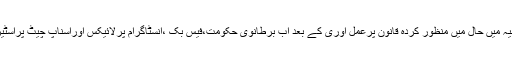
انڈی پینڈنٹ اخبار میں شائع خبرمیں بتایاگیاہے کہ برطانیہ میں حال میں منظور کردہ قانون پرعمل آوری کے بعد اب برطانوی حکومت،فیس بک ،انسٹاگرام پرلائیکس اوراسناپ چیٹ پراسٹیرکس جیسے فیچرس پرپابندی لگانے پرغورکررہی ہے۔